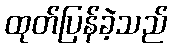
ထုတ်ပြန်ခဲ့သည်